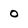
Character: 0